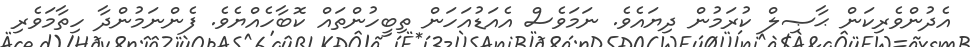
އެދުންވެރިކަން ޙާޞިލް ކުރަމުން ދިޔައެވެ. ނަމަވެސް އެއަޑުއަހަން ތިބީހުންތައް ކޮބާހެއްޔެވެ. ފެންނަމުންދާ ހިތާމަވެރި